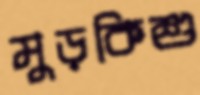
মুড়কিশু